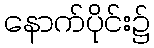
နောက်ပိုင်း၌